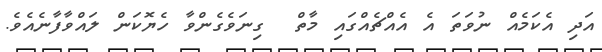
އަދި އެކަމެއް ނުވަތަ އެ އެއްޗެއްގައި މާތް  ގިނަވެގެންވާ ހެޔޮކަން ލައްވާފާނެއެވެ.